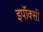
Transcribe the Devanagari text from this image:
इपॉक्सी